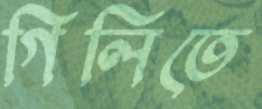
গিলিতে